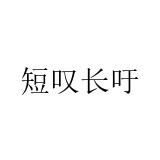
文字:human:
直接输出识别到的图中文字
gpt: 短叹长吁